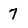
Character: 7